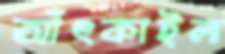
আঁৎকাইল